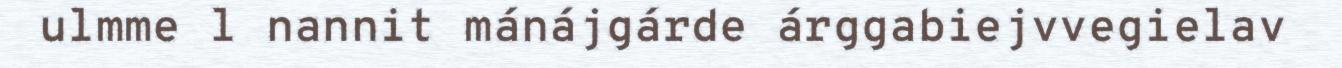
ulmme l nannit mánájgárde árggabiejvvegielav